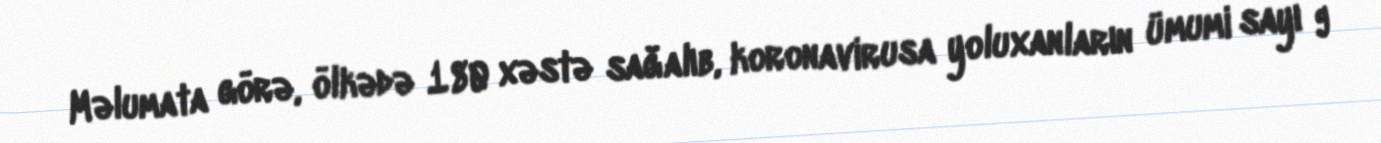
Məlumata görə, ölkədə 180 xəstə sağalıb, koronavirusa yoluxanların ümumi sayı 9